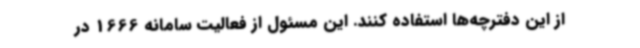
از این دفترچه‌ها استفاده کنند. این مسئول از فعالیت سامانه 1666 در